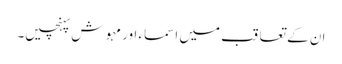
ان کے تعاقب میں اسماء اور مہوش پہنچیں۔